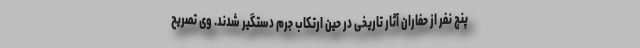
پنج نفر از حفاران آثار تاریخی در حین ارتکاب جرم دستگیر شدند. وی تصریح